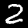
Digit: 2